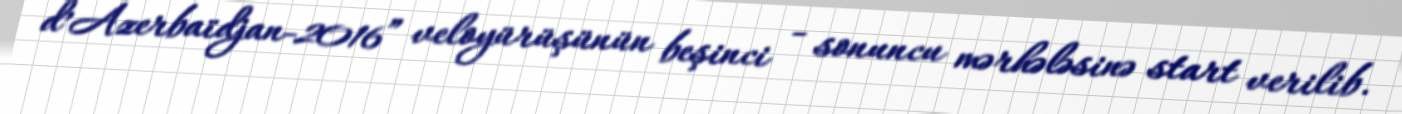
d’Azerbaïdjan-2016” veloyürüşünün beşinci - sonuncu mərhələsinə start verilib.